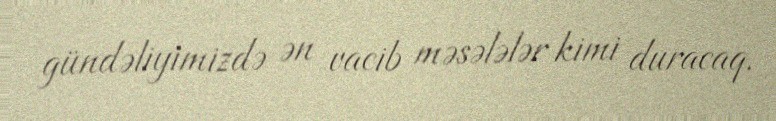
gündəliyimizdə ən vacib məsələlər kimi duracaq.